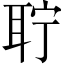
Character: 聍